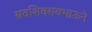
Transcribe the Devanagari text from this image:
सदशिवरावभाऊने